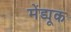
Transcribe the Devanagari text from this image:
मेंड्यूक